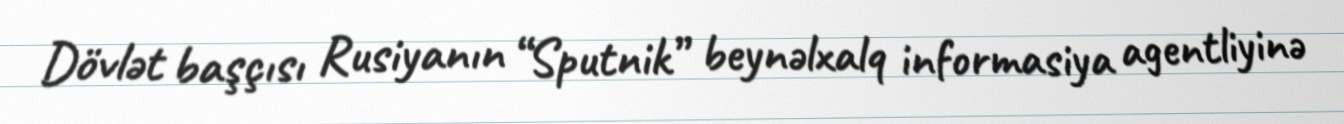
Dövlət başçısı Rusiyanın “Sputnik” beynəlxalq informasiya agentliyinə